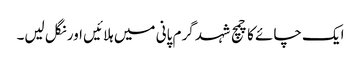
ایک چائے کا چمچ شہد گرم پانی میں ہلائیں اور نگل لیں۔